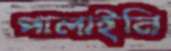
পালাইনি